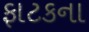
ફાટકના